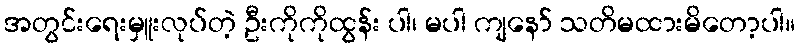
အတွင်းရေးမှူးလုပ်တဲ့ ဦးကိုကိုထွန်း ပါ၊ မပါ ကျနော် သတိမထားမိတော့ပါ။